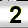
Digit: 2